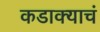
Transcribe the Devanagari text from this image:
कडाक्याचं